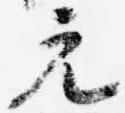
元